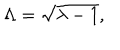
\Lambda = \sqrt { \lambda - 1 } ,